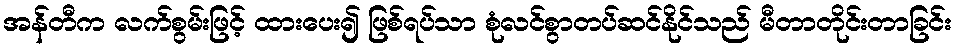
အန်တီက လက်စွမ်းဖြင့် ထားပေး၍ ဖြစ်ရပ်သာ စုံလင်စွာတပ်ဆင်နိုင်သည် မီတာတိုင်းတာခြင်း